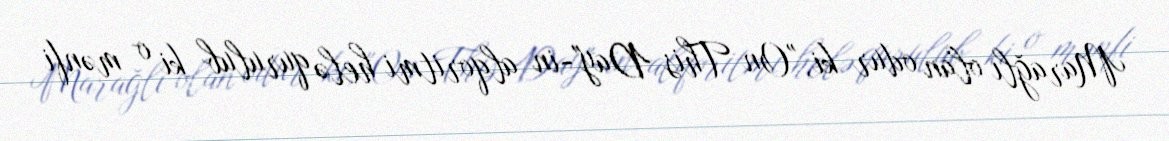
Marağlı olan odur ki, "On This Day"-in alqoritmi helə qurulub ki o mənfi